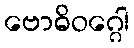
ဗောဓိဝဂ္ဂေါ